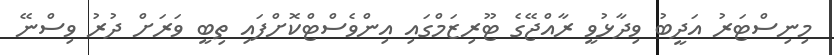
މިނިސްޓަރު އަދީބު ވިދާޅުވީ ރާއްޖޭގެ ޓޫރިޒަމްގައި އިންވެސްޓްކޮށްފައި ތިބީ ވަރަށް ދުރު ވިސްނޭ